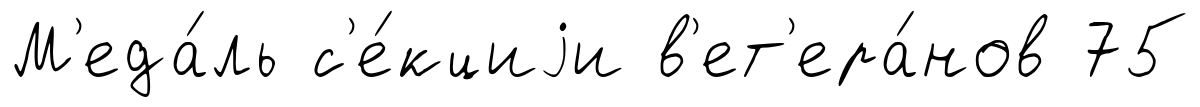
М'еда́ль с'е́кциjи в'ет'ера́нов 75